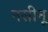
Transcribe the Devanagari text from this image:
नसीनू